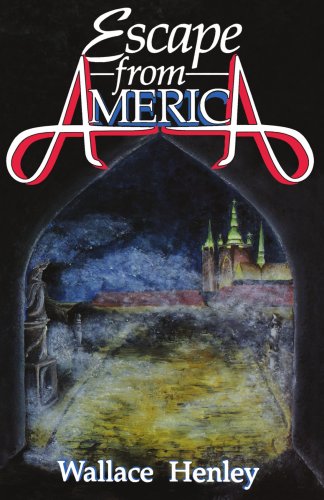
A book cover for Escape from America; Wallace Henley; Romance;